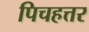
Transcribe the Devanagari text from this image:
पिचहत्तर